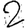
Digit: 2